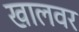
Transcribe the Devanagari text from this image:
खालवर